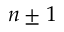
n \pm 1